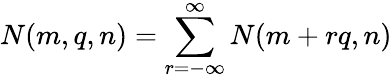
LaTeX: N(m,q,n)=\sum_{r=-\infty}^{\infty}N(m+rq,n)